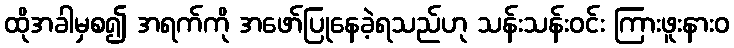
ထိုအခါမှစ၍ အရက်ကို အဖော်ပြုနေခဲ့ရသည်ဟု သန်းသန်းဝင်း ကြားဖူးနားဝ